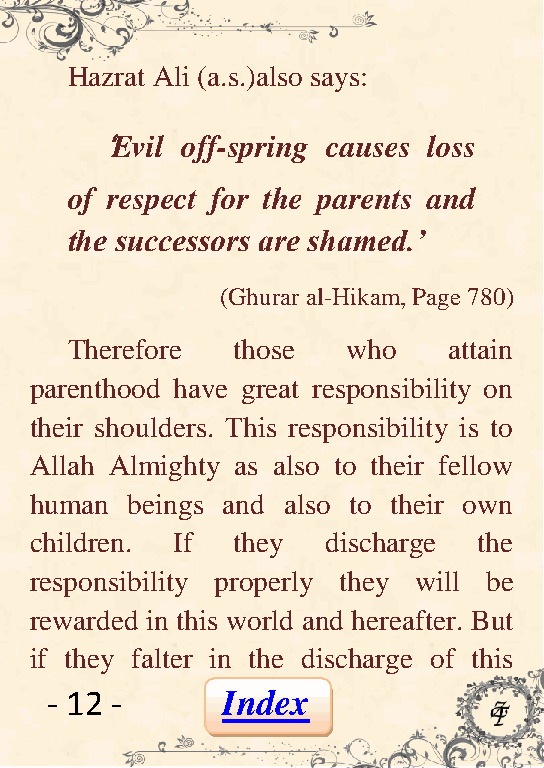
Hazrat Ali (a.s.)also says:
 ‘Evil off-spring causes loss
 of respect for the parents and
 the successors are shamed.‟
 (Ghurar al-Hikam, Page 780)
 Therefore  those   who    attain
 parenthood have great responsibility on
 their shoulders. This responsibility is to
 Allah Almighty as also to their fellow
 human beings and also to their own
 children. If they   discharge the
 responsibility properly they will be
 rewarded in this world and hereafter. But
 if they falter in the discharge of this
 - 12 -      Index